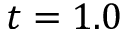
t = 1 . 0